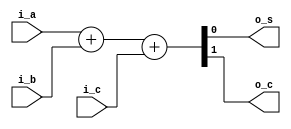
//Full bit adder

module full_adder
(
    input i_a,
    input i_b,
    input i_c,
    output o_s,
    output o_c   
);

assign {o_c, o_s} = i_a + i_b + i_c ;

endmodule